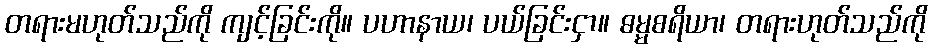
တရားမဟုတ်သည်ကို ကျင့်ခြင်းကို။ ပဟာနာယ၊ ပယ်ခြင်းငှာ။ ဓမ္မစရိယာ၊ တရားဟုတ်သည်ကို